Civil Veterinary Dept. Bombay admin report 1923-31 - 1923-1931
Year: 1923
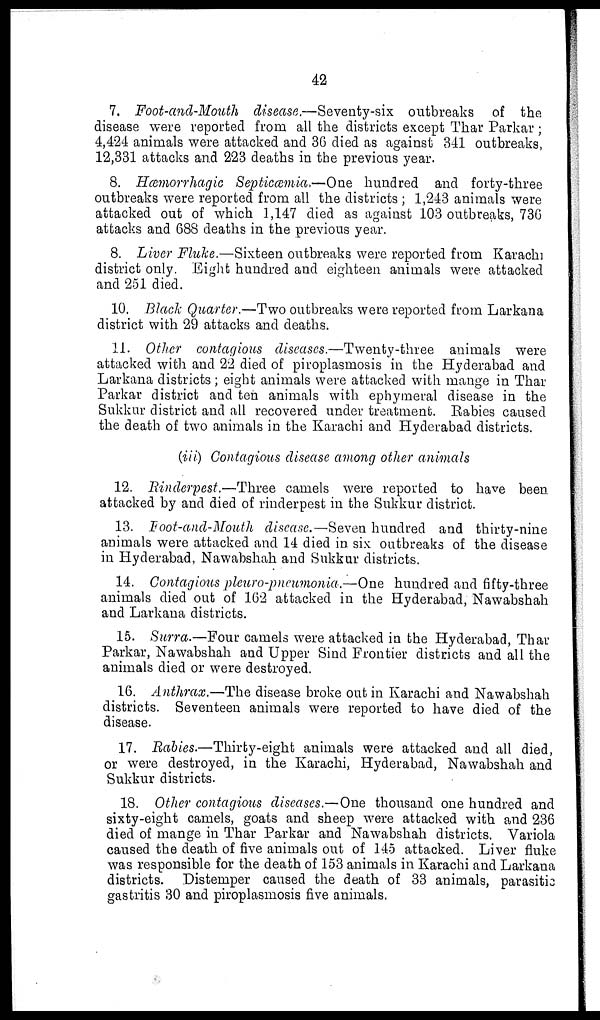
42
7. Foot-and-Mouth disease.—Seventy-six outbreaks of the
disease were reported from all the districts except Thar Parkar;
4,424 animals were attacked and 36 died as against 341 outbreaks,
12,331 attacks and 223 deaths in the previous year.
8. Hæmorrhagic Septicæmia.—One hundred and forty-three
outbreaks were reported from all the districts; 1,243 animals were
attacked out of which 1,147 died as against 103 outbreaks, 736
attacks and 688 deaths in the previous year.
8. Liver Fluke.—Sixteen outbreaks were reported from Karachi
district only. Eight hundred and eighteen animals were attacked
and 251 died.
10. Black Quarter.—Two outbreaks were reported from Larkana
district with 29 attacks and deaths.
11. Other contagious diseases.—Twenty-three animals were
attacked with and 22 died of piroplasmosis in the Hyderabad and
Larkana districts; eight animals were attacked with mange in Thar
Parkar district and ten animals with ephymeral disease in the
Sukkur district and all recovered under treatment. Rabies caused
the death of two animals in the Karachi and Hyderabad districts.
(iii) Contagious disease among other animals
12. Rinderpest.—Three camels were reported to have been
attacked by and died of rinderpest in the Sukkur district.
13. Foot-and-Mouth disease.—Seven hundred and thirty-nine
animals were attacked and 14 died in six outbreaks of the disease
in Hyderabad, Nawabshah and Sukkur districts.
14. Contagious pleuro-pneumonia.—One hundred and fifty-three
animals died out of 162 attacked in the Hyderabad, Nawabshah
and Larkana districts.
15. Surra.—Four camels were attacked in the Hyderabad, Thar
Parkar, Nawabshah and Upper Sind Frontier districts and all the
animals died or were destroyed.
16. Anthrax.—The disease broke out in Karachi and Nawabshah
districts. Seventeen animals were reported to have died of the
disease.
17. Rabies.—Thirty-eight animals were attacked and all died,
or were destroyed, in the Karachi, Hyderabad, Nawabshah and
Sukkur districts.
18. Other contagious diseases.—One thousand one hundred and
sixty-eight camels, goats and sheep were attacked with and 236
died of mange in Thar Parkar and Nawabshah districts. Variola
caused the death of five animals out of 145 attacked. Liver fluke
was responsible for the death of 153 animals in Karachi and Larkana
districts. Distemper caused the death of 33 animals, parasitic
gastritis 30 and piroplasmosis five animals.